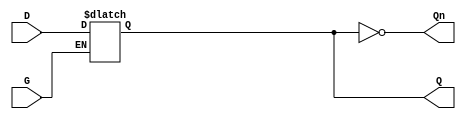
module async_gated_latch (
    input wire D,    // Data input
    input wire G,    // Gate control signal
    output reg Q,    // Output
    output wire Qn   // Complementary output
);

// Complementary output
assign Qn = ~Q;

// Always block for the gated latch functionality
always @* begin
    if (G) begin
        Q = D;  // When G is high, Q follows D
    end
    // When G is low, Q retains its last value (no assignment needed)
end

endmodule